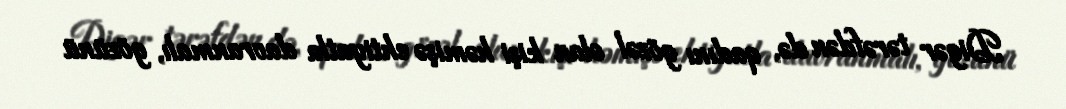
Digər tərəfdən də, qadını gözəl olan kişi həmişə ehtiyatla davranmalı, gözünü